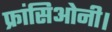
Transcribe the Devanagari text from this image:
फ्रांसिओनी।